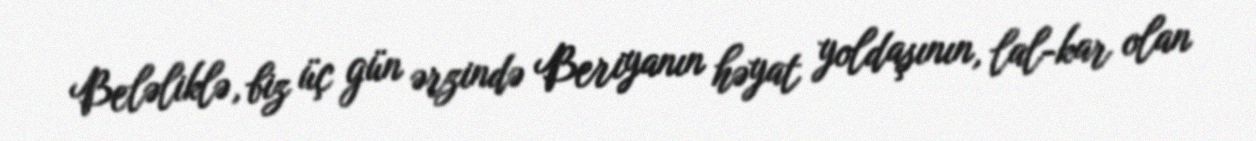
Beləliklə, biz üç gün ərzində Beriyanın həyat yoldaşının, lal-kar olan